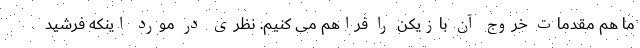
ما هم مقدمات خروج آن بازیکن را فراهم می کنیم. نظری در مورد اینکه فرشید